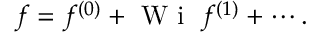
f = f ^ { ( 0 ) } + \mathrm { ~ W ~ i ~ } \; f ^ { ( 1 ) } + \cdots .